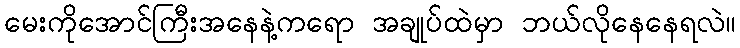
မေးကိုအောင်ကြီးအနေနဲ့ကရော အချုပ်ထဲမှာ ဘယ်လိုနေနေရလဲ။